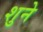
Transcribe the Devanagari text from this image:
शुने